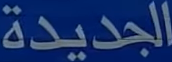
الجديدة